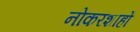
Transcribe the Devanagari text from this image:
नोकरशाहों